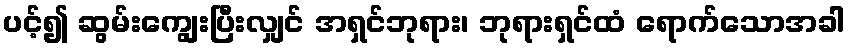
ပင့်၍ ဆွမ်းကျွေးပြီးလျှင် အရှင်ဘုရား၊ ဘုရားရှင်ထံ ရောက်သောအခါ